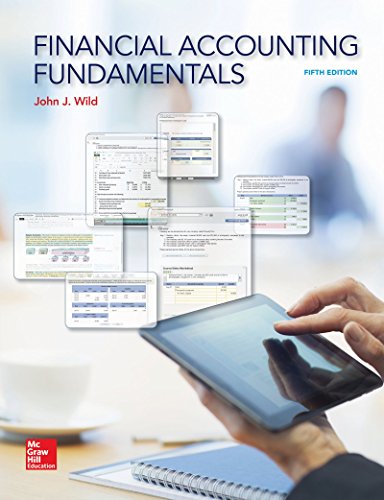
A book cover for Financial Accounting Fundamentals; John Wild; Business & Money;